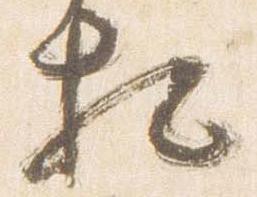
相